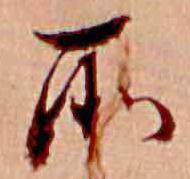
所